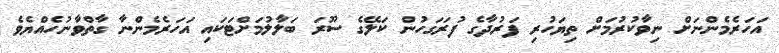
އަހަރެމެންނަށް ނިވާކުރުމަށް ތިޔަހުރި ފަރުދާގެ ފުރަގަހުން ކަލޭގެ ސޫރަ ބަލާލުމަށްޓަކައި އަހަރެމެންނާ ގާތްވާނުހެއްޔެވެ